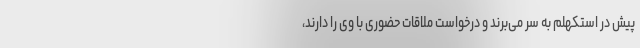
پیش در استکهلم به سر می‌برند و درخواست ملاقات حضوری با وی را دارند،